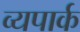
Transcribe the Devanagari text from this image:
व्यपार्क